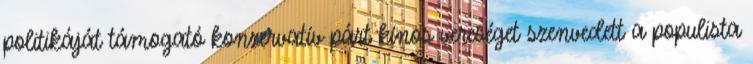
politikáját támogató konzervatív párt kínos vereséget szenvedett a populista